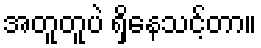
အတူတူပဲ ရှိနေသင့်တာ။